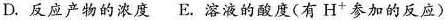
D.反应产物的浓度 E。溶液的酸度(有H^{+}参加的反应)